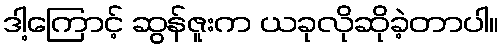
ဒါ့ကြောင့် ဆွန်ဇူးက ယခုလိုဆိုခဲ့တာပါ။